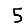
Digit: 5